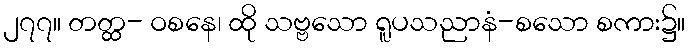
၂၇၇။ တတ္ထ- ဝစနေ၊ ထို သဗ္ဗသော ရူပသညာနံ-စသော စကား၌။